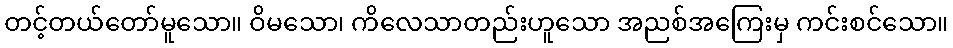
တင့်တယ်တော်မူသော။ ဝိမသော၊ ကိလေသာတည်းဟူသော အညစ်အကြေးမှ ကင်းစင်သော။